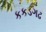
કકડગઢ